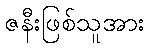
ဇနီးဖြစ်သူအား